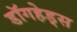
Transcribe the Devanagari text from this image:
डॉगहेड्स